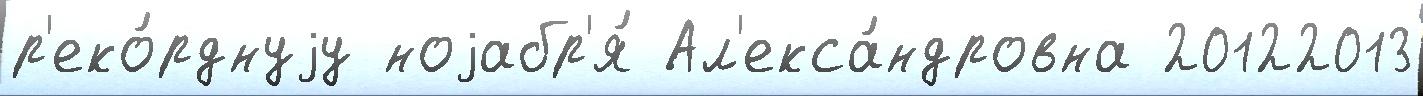
р'еко́рднуjу ноjабр'я́ Ал'екса́ндровна 20122013